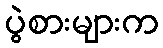
ပွဲစားများက